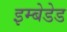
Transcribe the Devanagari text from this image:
इम्बेडेड